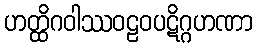
ဟတ္ထိဂဝါဿဝဠဝပဋိဂ္ဂဟဏာ